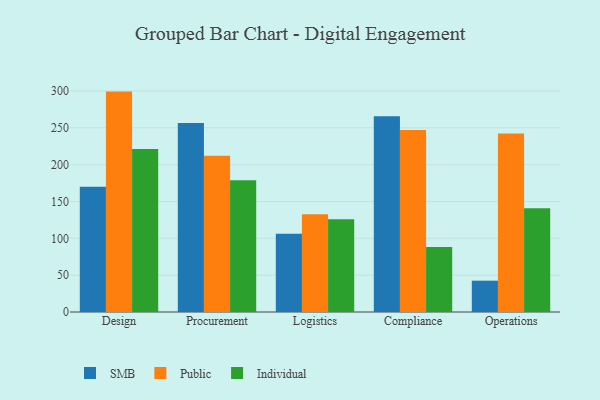
{"axis": {"x": "Department", "y": "Gross Profit (USD K)"}, "legend": ["Individual", "Public", "SMB"], "data": [{"x": "Design", "y": 169.9, "type": "SMB"}, {"x": "Design", "y": 299.1, "type": "Public"}, {"x": "Design", "y": 221.3, "type": "Individual"}, {"x": "Procurement", "y": 256.5, "type": "SMB"}, {"x": "Procurement", "y": 212.2, "type": "Public"}, {"x": "Procurement", "y": 178.9, "type": "Individual"}, {"x": "Logistics", "y": 106.2, "type": "SMB"}, {"x": "Logistics", "y": 132.8, "type": "Public"}, {"x": "Logistics", "y": 125.9, "type": "Individual"}, {"x": "Compliance", "y": 265.5, "type": "SMB"}, {"x": "Compliance", "y": 247.1, "type": "Public"}, {"x": "Compliance", "y": 88.3, "type": "Individual"}, {"x": "Operations", "y": 42.5, "type": "SMB"}, {"x": "Operations", "y": 242.4, "type": "Public"}, {"x": "Operations", "y": 140.8, "type": "Individual"}]}